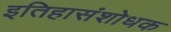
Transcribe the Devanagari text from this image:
इतिहासंशोधक